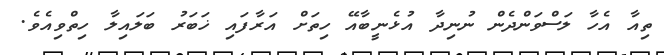
ތިއާ އެހާ ލަސްވަންދެން ނުނިދާ އުޅެނީބާއޭ ހިތަށް އަރާފައި ޚަބަރު ބަލައިލާ ހިތްވިއެވެ.